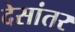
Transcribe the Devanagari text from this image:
देसांतर